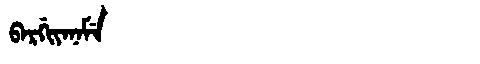
Manchu: ᠪᠠᡵᡤᡳᠶᠠᠨᠠᠮᡝ
Romanization: BARGIYANAME